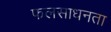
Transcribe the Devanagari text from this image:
फलसाधनता